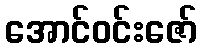
အောင်ဝင်းဇော်